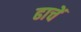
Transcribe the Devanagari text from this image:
ढाचें